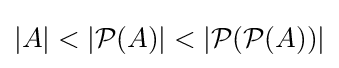
|A|<|{\mathcal {P}}(A)|<|{\mathcal {P}}({\mathcal {P}}(A))|